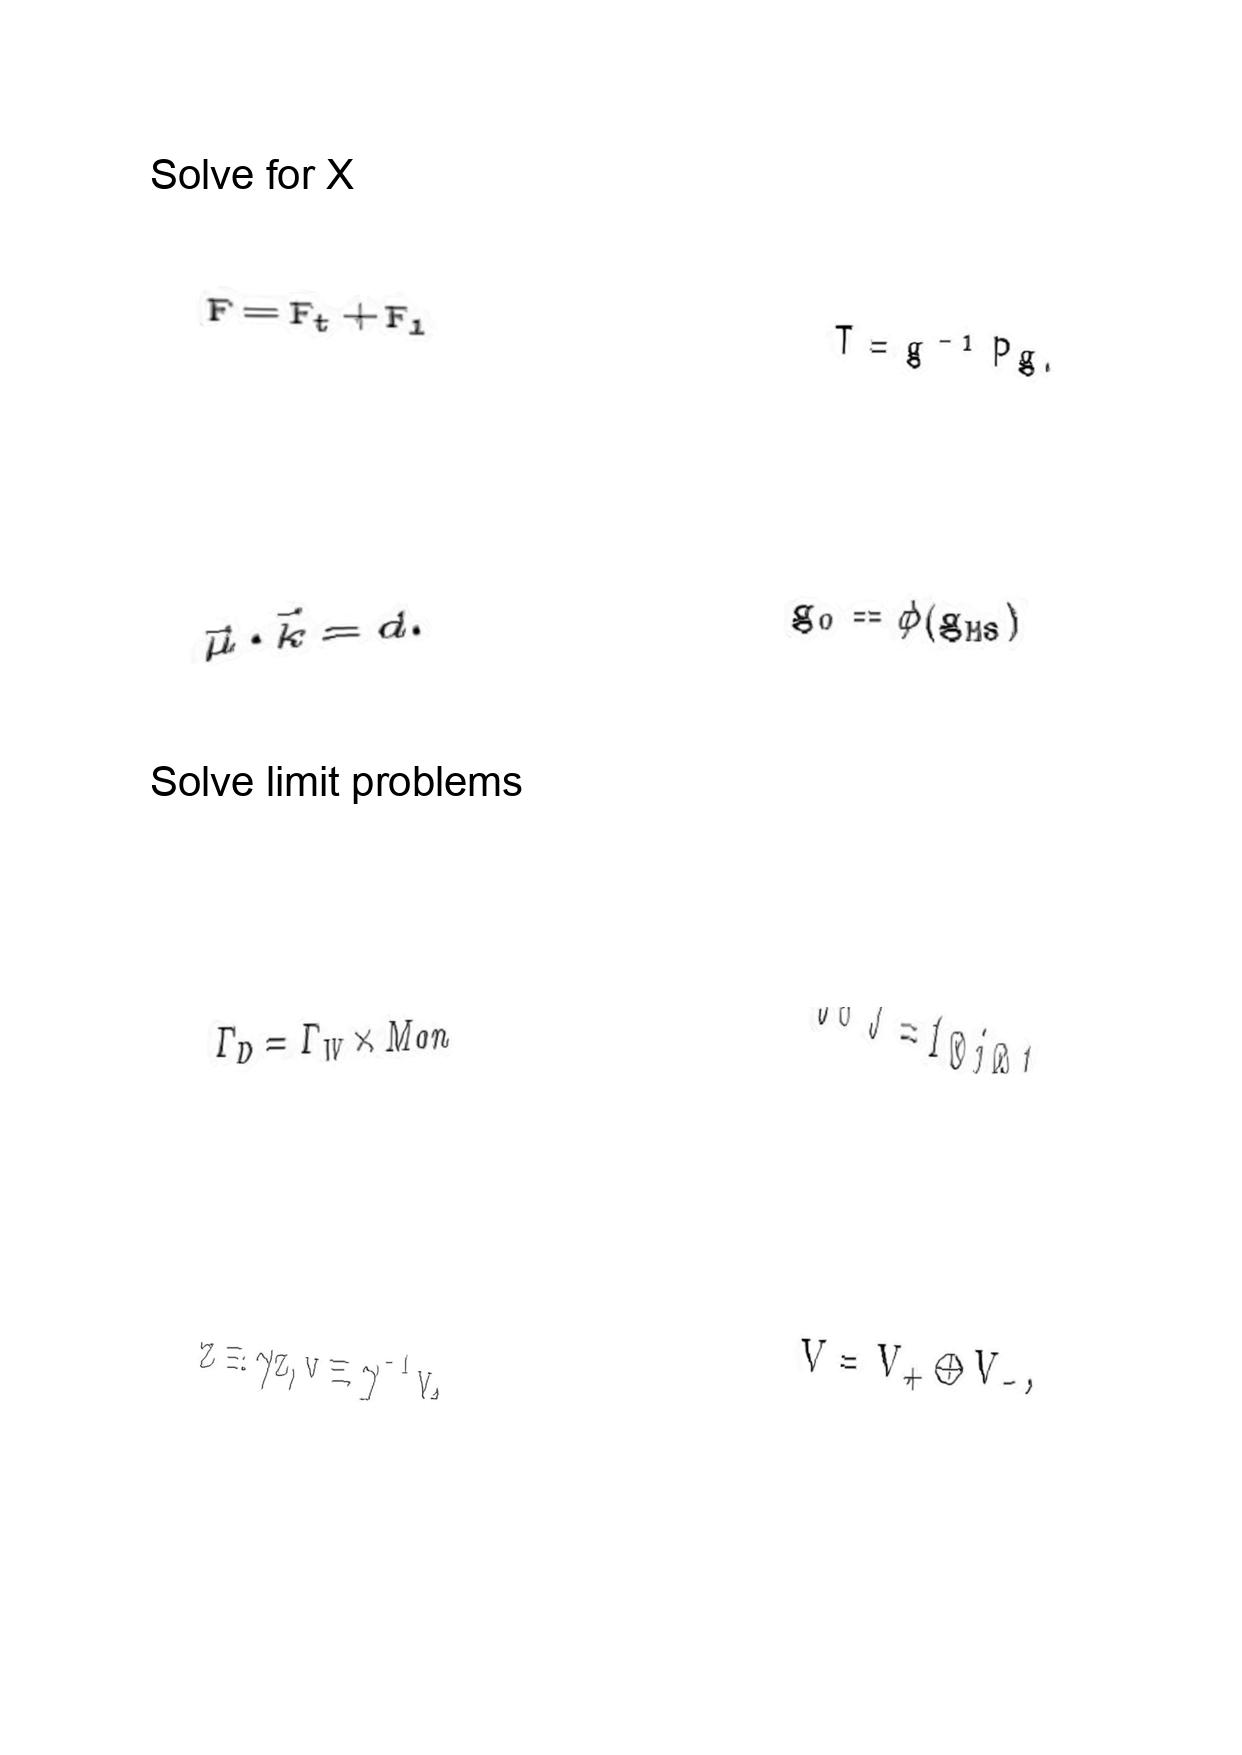
LaTeX transcription:
F = F _ { t } + F _ { l }
\vec { \mu } \cdot \vec { k } = d .
\Gamma _ { D } = \Gamma _ { W } \times M o n
z \equiv \gamma z , v \equiv \gamma ^ { - 1 } v ,
T = g ^ { - 1 } P g .
g _ { 0 } = \phi \lparen g _ { M S } \rparen
J \circ \tilde { J } = 1 \otimes j \otimes 1 .
V = V _ { + } \oplus V _ { - } ,